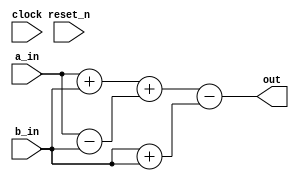
// DEFINES
`define BITS 2         // Bit width of the operands

module 	bm_dag1_lpm(clock, 
		reset_n, 
		a_in, 
		b_in, 
		out);

// SIGNAL DECLARATIONS
input	clock;
input 	reset_n;

input [`BITS-1:0] a_in;
input [`BITS-1:0] b_in;

output [`BITS-1:0] out;

wire [`BITS-1:0]    out;
wire [`BITS-1:0]    temp1;
wire [`BITS-1:0]    temp2;
wire [`BITS-1:0]    temp3;

// ASSIGN STATEMENTS
assign out = temp1 + temp2 - temp3;
assign temp1 = a_in + b_in;
assign temp2 = a_in - b_in;
assign temp3 = b_in + b_in;

endmodule